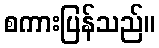
စကားပြန်သည်။